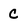
Character: C